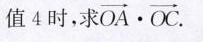
值4时，求 $$\overrightarrow{ O A } \cdot \overrightarrow{ O C }$$